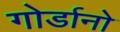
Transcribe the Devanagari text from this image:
गोर्डानो